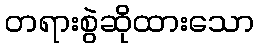
တရားစွဲဆိုထားသော